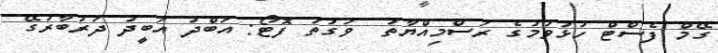
ގޭމް ފެސްޓް ހުޅުވުމުގެ ރަސްމިއްޔާތު  ވަގުތު ފޮޓޯ: އަބްދު އަބީދު ދަރުބާރުގޭ